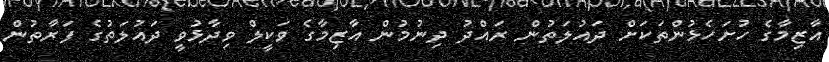
އާޒިމާގެ ހުށަހެޅުންތަކަށް ދައުލަތުން ރައްދު ދިނުމުން އާޒިމާގެ ވަކީލް ވިދާޅުވީ ދައުލަތުގެ ފަރާތުން